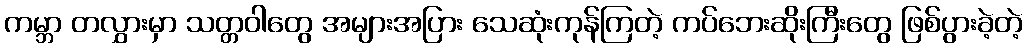
ကမ္ဘာ တလွှားမှာ သတ္တဝါတွေ အများအပြား သေဆုံးကုန်ကြတဲ့ ကပ်ဘေးဆိုးကြီးတွေ ဖြစ်ပွားခဲ့တဲ့